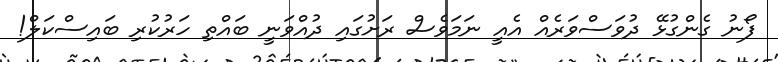
ފޯނު ގެންގުޅޭ ދުވަސްވަރެއް އެއީ ނަމަވެސް ރަށުގައި ދުއްވަނީ ބައްތި ހަރުކުރި ބައިސްކަލް!